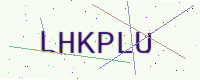
Text: LHKPLU